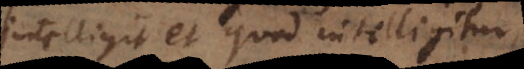
intelligit et quod intelligitur,